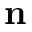
\mathbf { n }